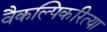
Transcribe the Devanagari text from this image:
वैकल्पिकरित्या